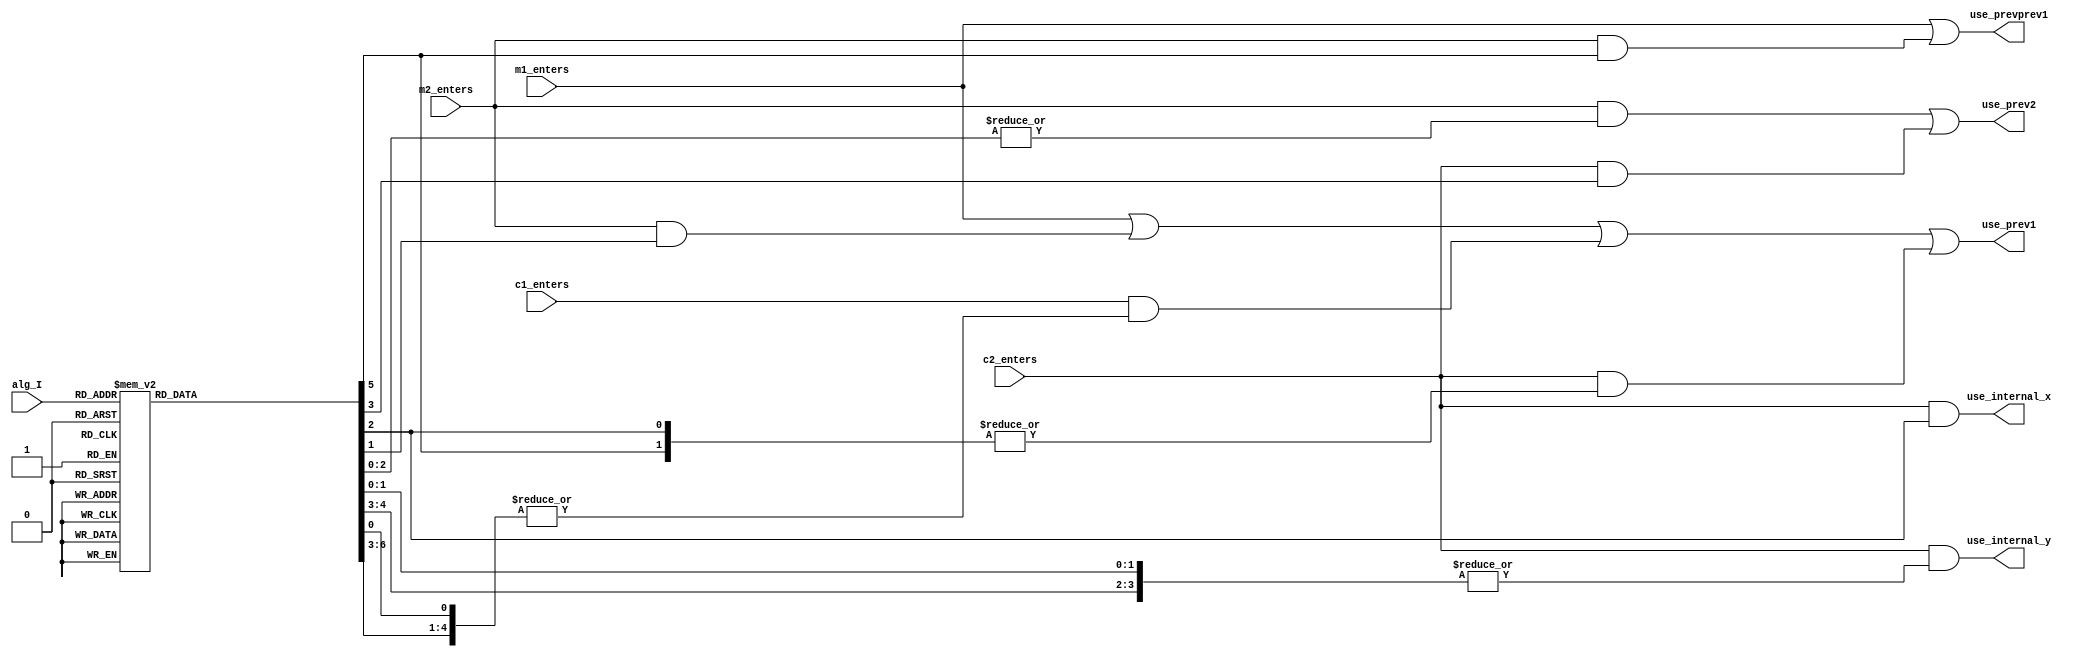


/* This file is part of JT51.

 
    JT51 program is free software: you can redistribute it and/or modify
    it under the terms of the GNU General Public License as published by
    the Free Software Foundation, either version 3 of the License, or
    (at your option) any later version.

    JT51 program is distributed in the hope that it will be useful,
    but WITHOUT ANY WARRANTY; without even the implied warranty of
    MERCHANTABILITY or FITNESS FOR A PARTICULAR PURPOSE.  See the
    GNU General Public License for more details.

    You should have received a copy of the GNU General Public License
    along with JT51.  If not, see <http://www.gnu.org/licenses/>.

    Author: Jose Tejada Gomez. Twitter: @topapate
    Version: 1.0
    Date: 14-4-2017 

*/

module jt51_mod(
    input       m1_enters,
    input       m2_enters,
    input       c1_enters,
    input       c2_enters,
    
    input [2:0] alg_I,
    
    output reg  use_prevprev1,
    output reg  use_internal_x,
    output reg  use_internal_y,    
    output reg  use_prev2,
    output reg  use_prev1       
);

reg [7:0] alg_hot;

always @(*) begin
    case( alg_I )
        3'd0: alg_hot = 8'h1;  // D0
        3'd1: alg_hot = 8'h2;  // D1
        3'd2: alg_hot = 8'h4;  // D2
        3'd3: alg_hot = 8'h8;  // D3
        3'd4: alg_hot = 8'h10; // D4
        3'd5: alg_hot = 8'h20; // D5
        3'd6: alg_hot = 8'h40; // D6
        3'd7: alg_hot = 8'h80; // D7
        default: alg_hot = 8'hx;
    endcase
end

always @(*) begin
    use_prevprev1   = m1_enters | (m2_enters&alg_hot[5]);
    use_prev2       = (m2_enters&(|alg_hot[2:0])) | (c2_enters&alg_hot[3]);
    use_internal_x  = c2_enters & alg_hot[2];
    use_internal_y  = c2_enters & (|{alg_hot[4:3],alg_hot[1:0]});
    use_prev1       = m1_enters | (m2_enters&alg_hot[1]) |
        (c1_enters&(|{alg_hot[6:3],alg_hot[0]}) )|
        (c2_enters&(|{alg_hot[5],alg_hot[2]}));
end

endmodule